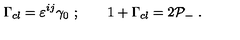
\Gamma _ { c l } = \varepsilon ^ { i j } \gamma _ { 0 } \ ; \qquad 1 + \Gamma _ { c l } = 2 { \cal P } _ { - } \ .